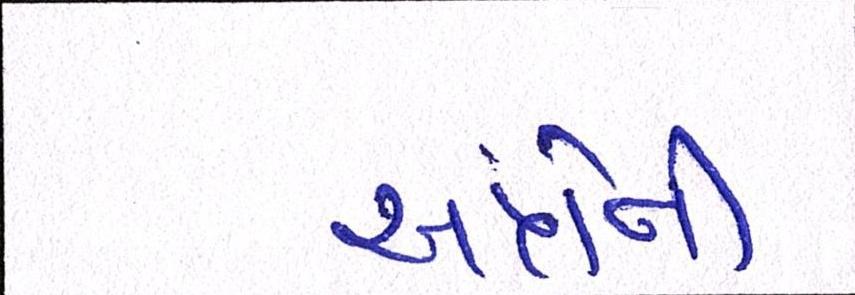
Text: અત્રેની